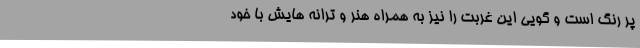
پر رنگ است و گویی این غربت را نیز به همراه هنر و ترانه هایش با خود